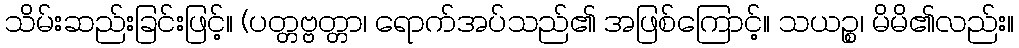
သိမ်းဆည်းခြင်းဖြင့်။ (ပတ္တဗ္ဗတ္တာ၊ ရောက်အပ်သည်၏ အဖြစ်ကြောင့်။ သယဉ္စ၊ မိမိ၏လည်း။